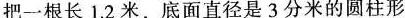
把一根长1.2米，底面直径是3分米的圆柱形